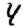
Digit: 4